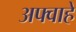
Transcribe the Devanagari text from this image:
अफ्वाहे